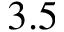
3 . 5